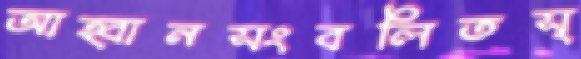
আহ্বানসংবলিতস্